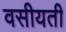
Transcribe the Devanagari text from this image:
वसीयती